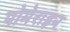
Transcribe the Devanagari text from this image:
पोमेराइन